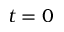
t = 0